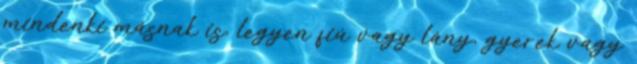
mindenki másnak is, legyen fiú vagy lány, gyerek vagy